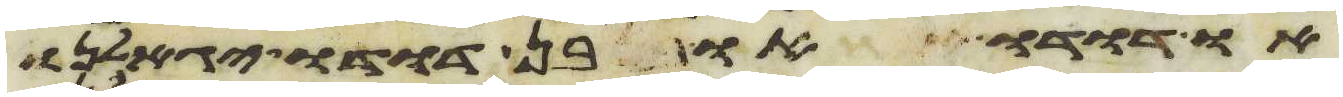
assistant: או דדו או בן דדו יגאלנו